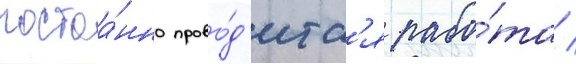
постоа́нно прово́д'итс'я рабо́та /